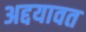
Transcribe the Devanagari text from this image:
अद्दयावत